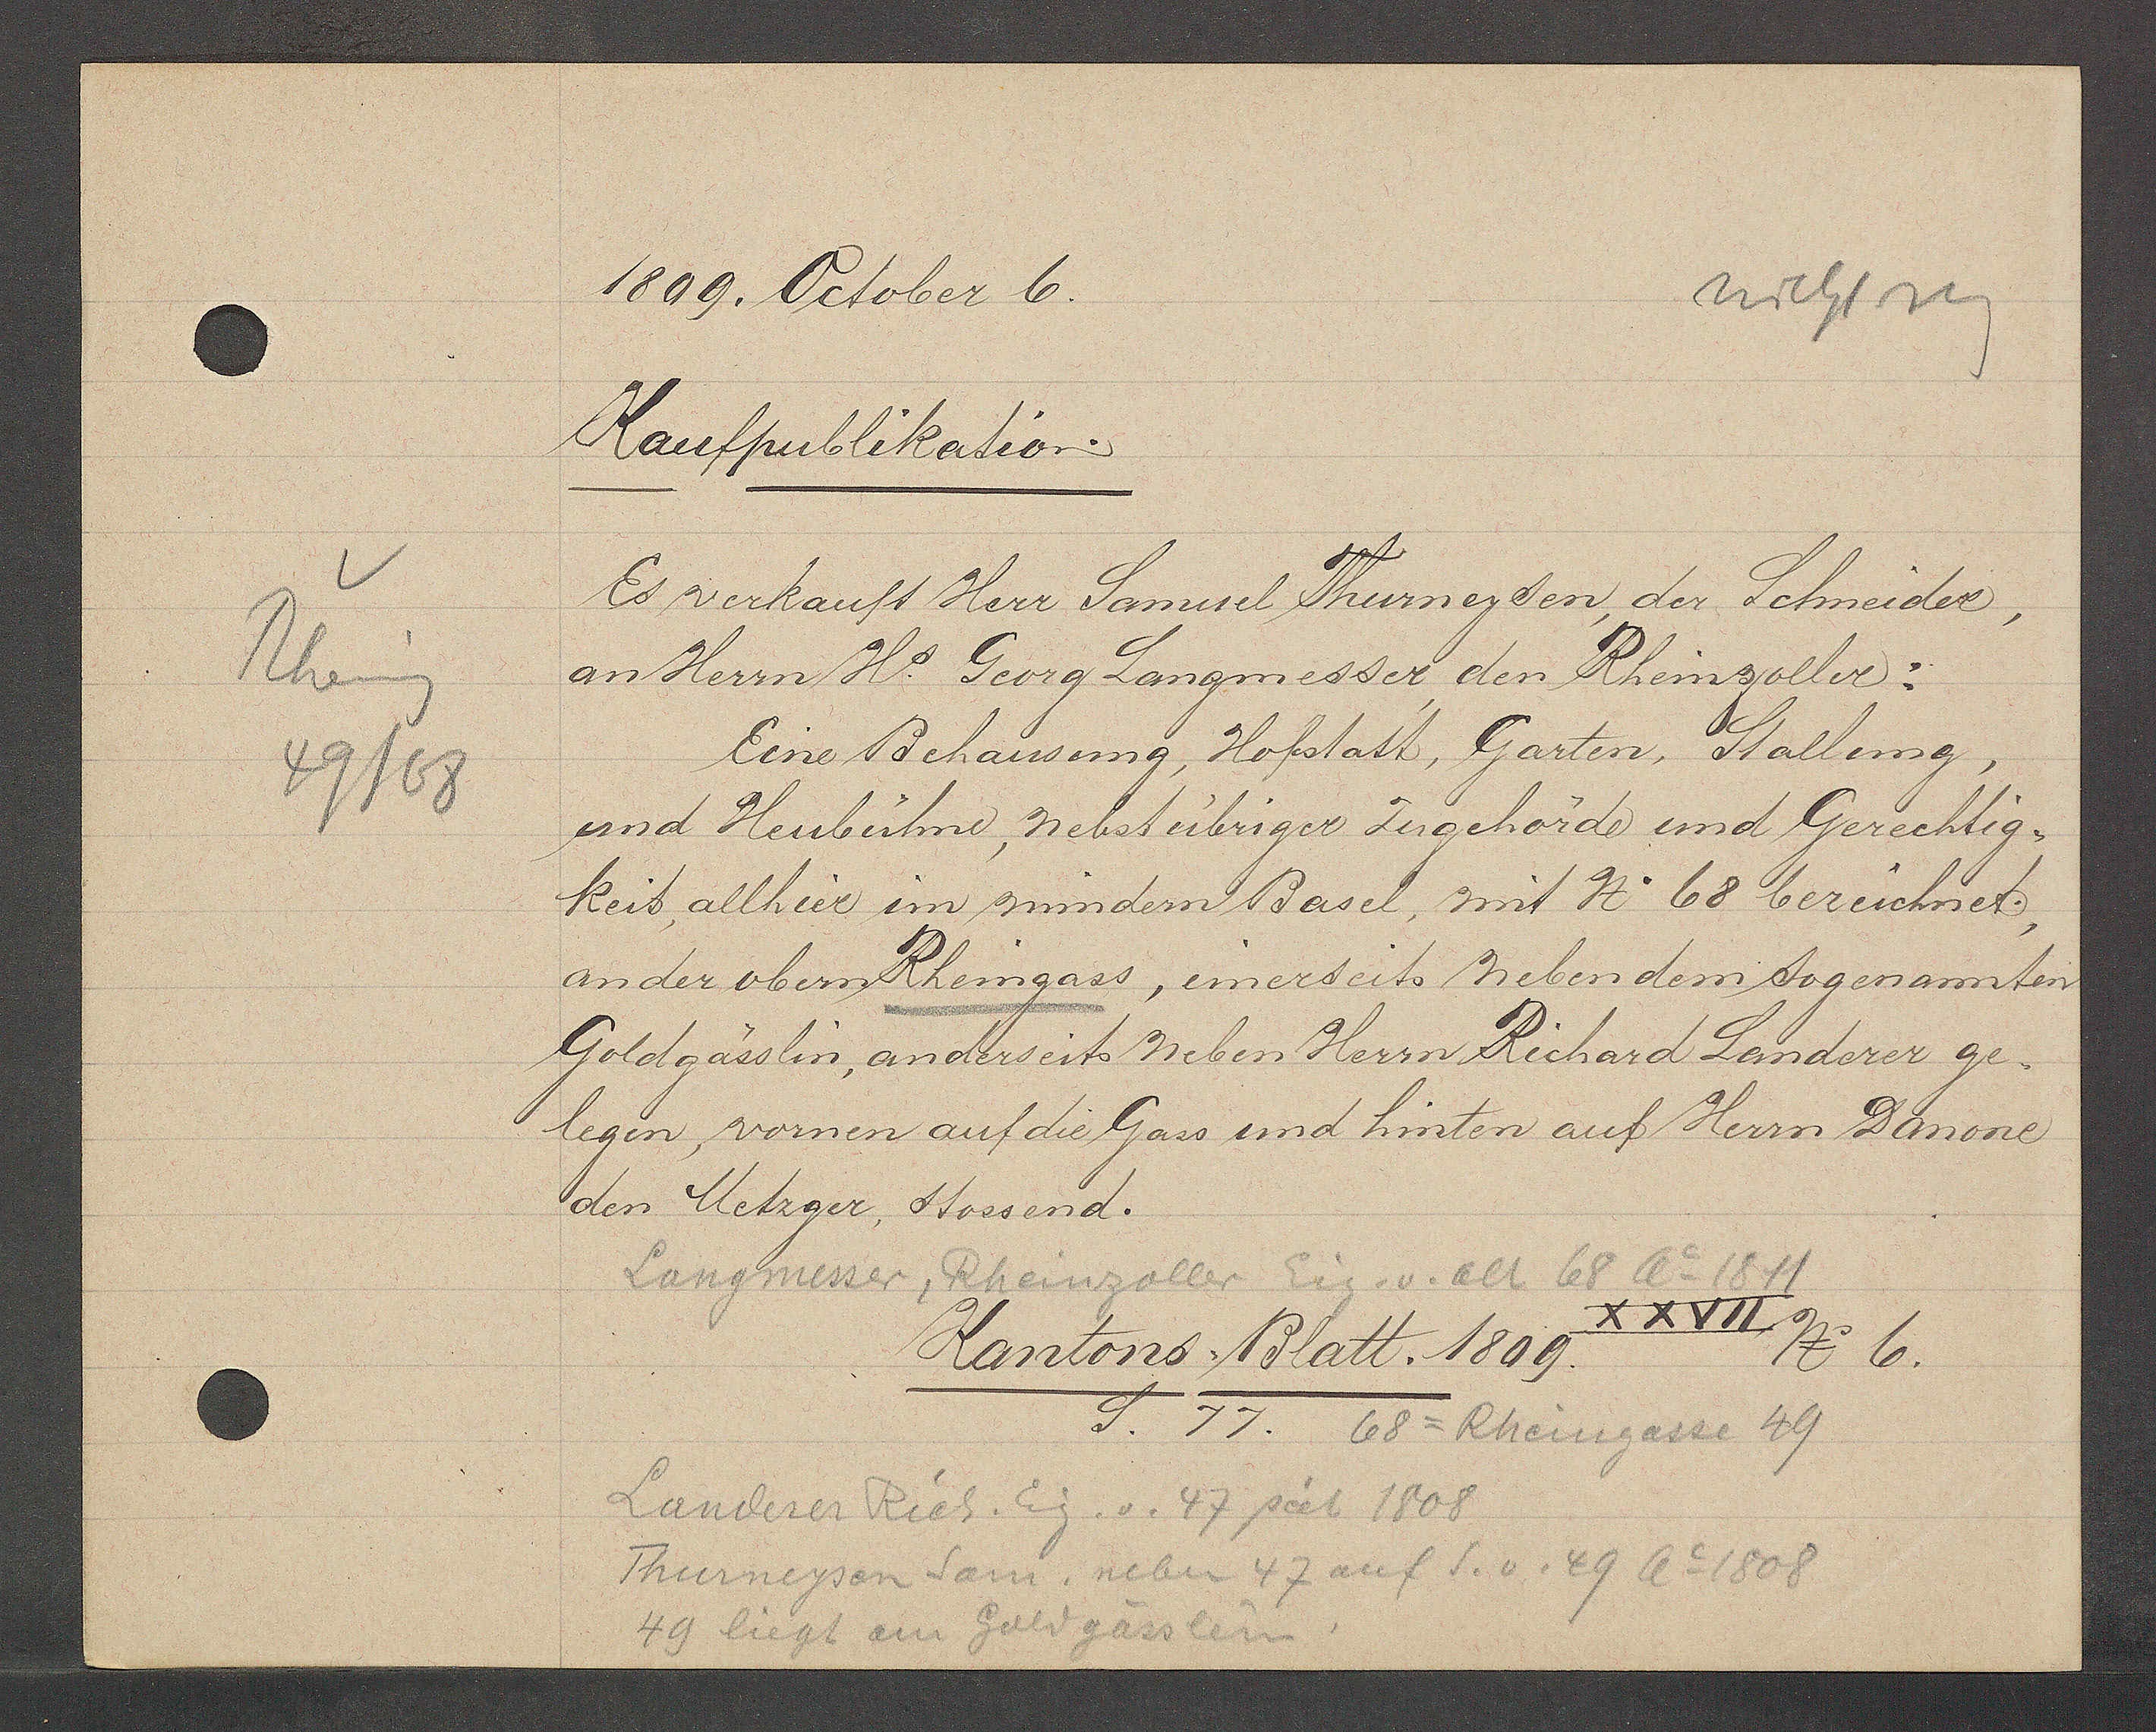
Transcript:
Rheing
49/68

1809. October 6.

Kaufpublikation.
Es verkauft Herr Samuel Thurneyden, der Schneider,
an Herrn Hr. Georg Langmesser den Rheinzoller:
Eine Behausung, Hofstatt, Garten, Stallung,
und Heubühne, nebst übriger Zugehörde und Gerechtig¬
keit allhier im mindern Basel, mit N. 68 bezeichnet.,
an der oben Rheingass, einerseits neben dem sogenannten
Goldgässlin, anderseits neben Herrn Richard Landerer ge¬
legen vornen auf die Gass und hinten auf Herrn Danone
den Metzger, stossend.

Langmesser, Rheinzoller Eig. v. alt 68 Ao 1811

Kantons Blatt. 1809.
XXVII
No 6.
S. 77. 68 = Rheingasse 49

Landerer Rich. Eig. v. 47 seit 1808
Thurneysen Sam. neben 47 auf S.v. 49 Ao 1808
49 liegt am Goldgässlein